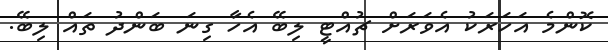
ކޮންމެ އަހަރަކު އެވަރަށް ޗުއްޓީ ލިބޭ އެހާ ގިނަ ބަންދު ތައް ލިބޭ.